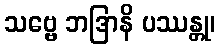
သဗ္ဗေ ဘဒြာနိ ပဿန္တု၊